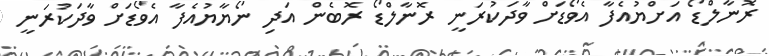
ރޮނާލްޑޯ އަށްޔުއެފާ އެވޯޑަށް ވާދަކުރަނީ ރޮނާލްޑޯ ރޮބެން އަދި ނޯޔާޔުއެފާ އެވޯޑަށް ވާދަކުރަނީ